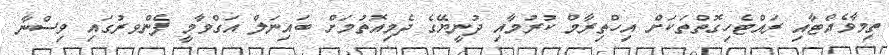
ތިމާވެއްޓާއި ރައްޓެހިގޮތްތަކަށް އިހްތިރާމް ކުރުމާއި ދުނީޔޭގެ ދެމިއޮތުމަށް ބައިނަލް އަގްވާމީ ފެންވރުގައި ވިސްނާ